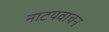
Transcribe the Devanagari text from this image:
नाटयवाचन